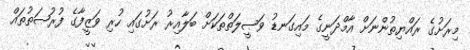
މިރަށުގެ ރައްޔިތުންނަށް އާމްދަނީގެ މައިގަނޑު ވަޞީލަތްތަކަށް ބަލާއިރު ރަށުގައި ހުރި ވަޒީފާގެ ފުރުޞަތުތައް